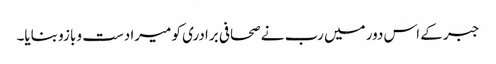
جبر کے اس دور میں رب نے صحافی برادری کو میرا دست و بازو بنایا۔